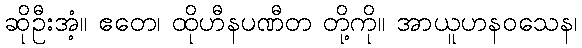
ဆိုဦးအံ့။ ဧတေ၊ ထိုဟီနပဏီတ တို့ကို။ အာယူဟနဝသေန၊